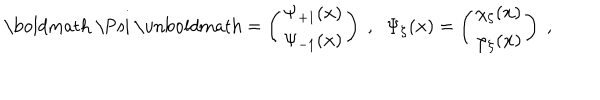
\mathrm { \boldmath ~ \Psi ~ \ u n b o l d m a t h } = \left( \begin{array} { c } { { \Psi _ { + 1 } ( { \bf x } ) } } \\ { { \Psi _ { - 1 } ( { \bf x } ) } } \\ \end{array} \right) \; , \; \; \Psi _ { \zeta } ( { \bf x } ) = \left( \begin{array} { c } { { \chi _ { \zeta } ( { \bf x } ) } } \\ { { \varphi _ { \zeta } ( { \bf x } ) } } \\ \end{array} \right) \; ,